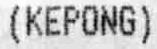
(KEPONG)